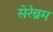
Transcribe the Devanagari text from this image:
सेरेब्रम